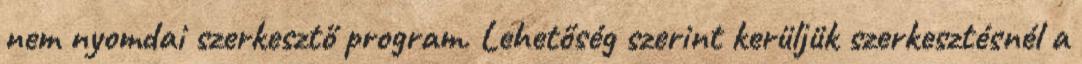
nem nyomdai szerkesztő program. Lehetőség szerint kerüljük szerkesztésnél a